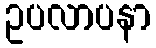
ဥပလာပနာ